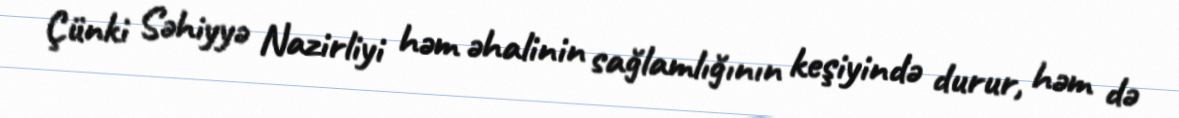
Çünki Səhiyyə Nazirliyi həm əhalinin sağlamlığının keşiyində durur, həm də